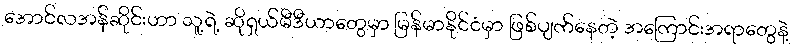
အောင်လအန်ဆိုင်းဟာ သူ့ရဲ့ ဆိုရှယ်မီဒီယာတွေမှာ မြန်မာနိုင်ငံမှာ ဖြစ်ပျက်နေတဲ့ အကြောင်းအရာတွေနဲ့